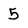
Character: 5